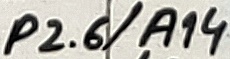
Text: P2.6/A14